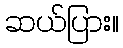
ဆယ်ပြား။